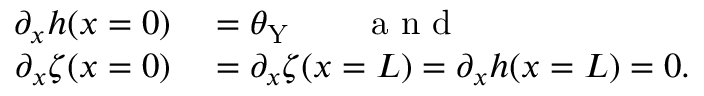
\begin{array} { r l } { \partial _ { x } h ( x = 0 ) } & { { } = \theta _ { \mathrm { Y } } \qquad \mathrm { ~ a ~ n ~ d ~ } } \\ { \partial _ { x } \zeta ( x = 0 ) } & { { } = \partial _ { x } \zeta ( x = L ) = \partial _ { x } h ( x = L ) = 0 . } \end{array}